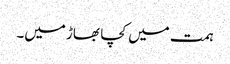
ہمت میں کچا بھاڑ میں۔